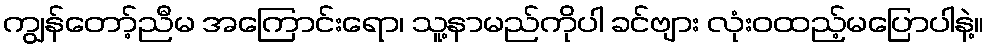
ကျွန်တော့်ညီမ အကြောင်းရော၊ သူ့နာမည်ကိုပါ ခင်ဗျား လုံးဝထည့်မပြောပါနဲ့။